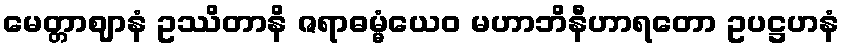
မေတ္တာဈာနံ ဥဿိတာနိ ဇရာဓမ္မံယေဝ မဟာဘိနီဟာရတော ဥပဋ္ဌဟနံ